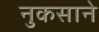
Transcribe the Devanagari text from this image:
नुकसाने